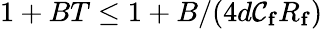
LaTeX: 1+BT\leq1+B/(4d\mathcal{C}_{\mathbf{{f}}}R_{\mathbf{{f}}})